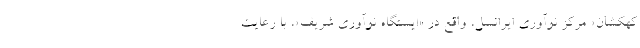
کهکشان» مرکز نوآوری ایرانسل، واقع در «ایستگاه نوآوری شریف»، با رعایت